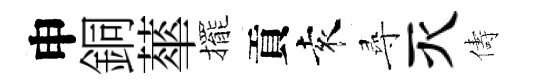
申銅蕐擺貢袁尋灭儔